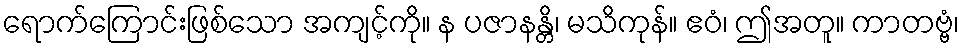
ရောက်ကြောင်းဖြစ်သော အကျင့်ကို။ န ပဇာနန္တိ၊ မသိကုန်။ ဧဝံ၊ ဤအတူ။ ကာတဗ္ဗံ၊